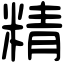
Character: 精